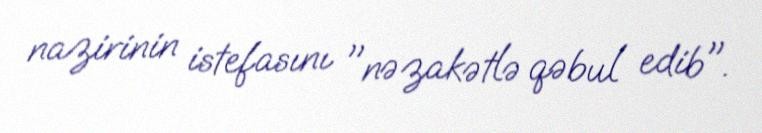
nazirinin istefasını "nəzakətlə qəbul edib".